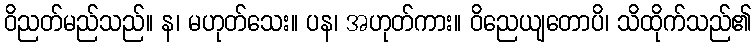
ဝိညတ်မည်သည်။ န၊ မဟုတ်သေး။ ပန၊ အဟုတ်ကား။ ဝိညေယျတောပိ၊ သိထိုက်သည်၏